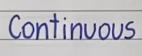
Continuous